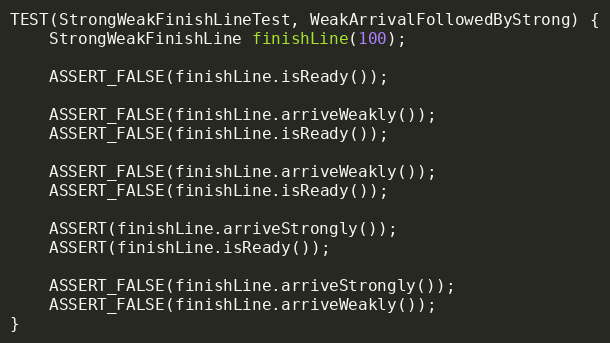
Language: C++
TEST(StrongWeakFinishLineTest, WeakArrivalFollowedByStrong) {
    StrongWeakFinishLine finishLine(100);

    ASSERT_FALSE(finishLine.isReady());

    ASSERT_FALSE(finishLine.arriveWeakly());
    ASSERT_FALSE(finishLine.isReady());

    ASSERT_FALSE(finishLine.arriveWeakly());
    ASSERT_FALSE(finishLine.isReady());

    ASSERT(finishLine.arriveStrongly());
    ASSERT(finishLine.isReady());

    ASSERT_FALSE(finishLine.arriveStrongly());
    ASSERT_FALSE(finishLine.arriveWeakly());
}